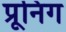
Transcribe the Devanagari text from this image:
प्रूनिग